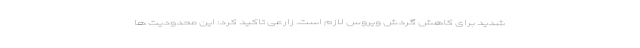
شدید برای کاهش گردش ویروس لازم است. زارعی تاکید کرد: این محدودیت ها